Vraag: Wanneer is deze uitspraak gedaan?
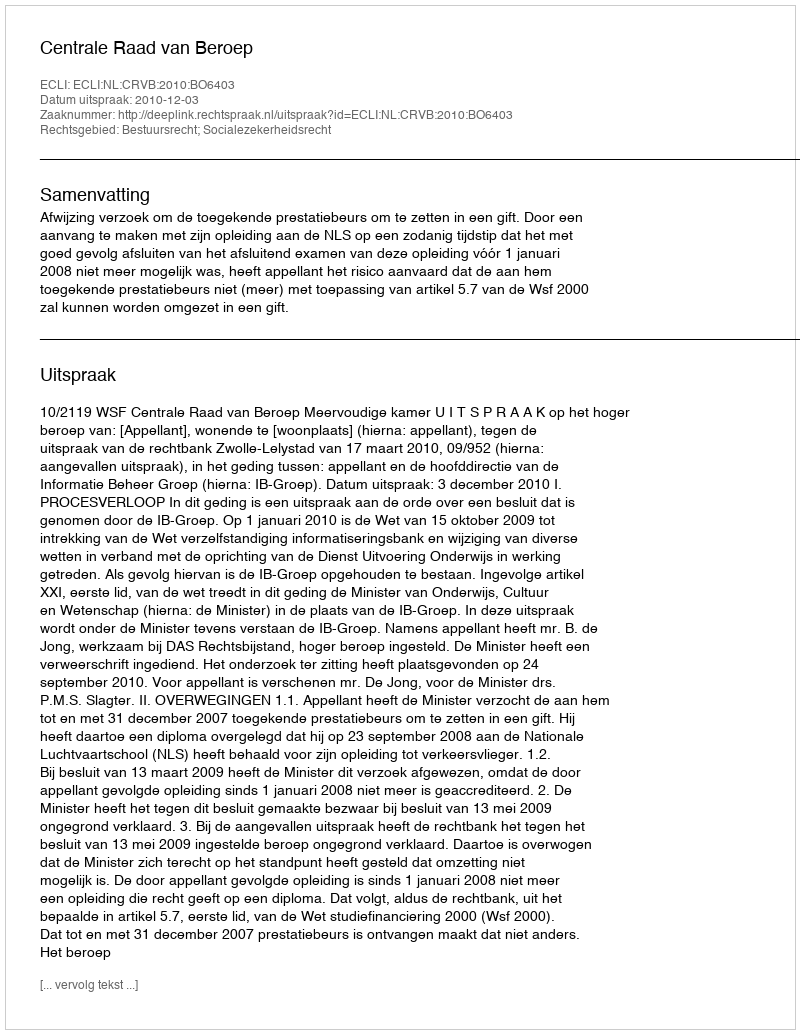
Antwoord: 2010-12-03